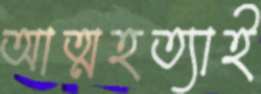
আত্মহত্যাই